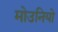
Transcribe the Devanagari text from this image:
मोउनियो